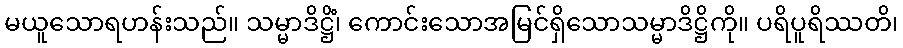
မယူသောရဟန်းသည်။ သမ္မာဒိဋ္ဌိံ၊ ကောင်းသောအမြင်ရှိသောသမ္မာဒိဋ္ဌိကို။ ပရိပူရိဿတိ၊